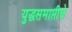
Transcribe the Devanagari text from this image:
युद्धसमाप्तीचे